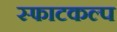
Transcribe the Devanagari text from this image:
स्फाटकल्प